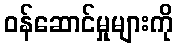
ဝန်ဆောင်မှုများကို